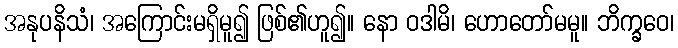
အနုပနိသံ၊ အကြောင်းမရှိမူ၍ ဖြစ်၏ဟူ၍။ နော ဝဒါမိ၊ ဟောတော်မမူ။ ဘိက္ခဝေ၊